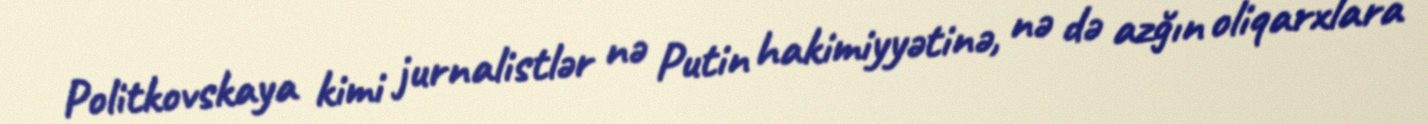
Politkovskaya kimi jurnalistlər nə Putin hakimiyyətinə, nə də azğın oliqarxlara